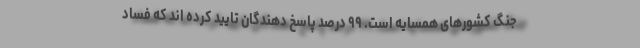
جنگ کشورهای همسایه است. ۹۹ درصد پاسخ دهندگان تایید کرده اند که فساد